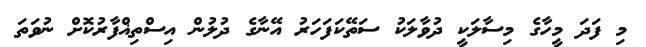
މި ފަދަ މީހާގެ މިސާލަކީ ދުވާލަކު ސަތޭކަފަހަރު އޭނާގެ ދުލުން އިސްތިޣްފާރުކޮށް ނުވަތަ